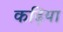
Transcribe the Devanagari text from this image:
कढ़िया